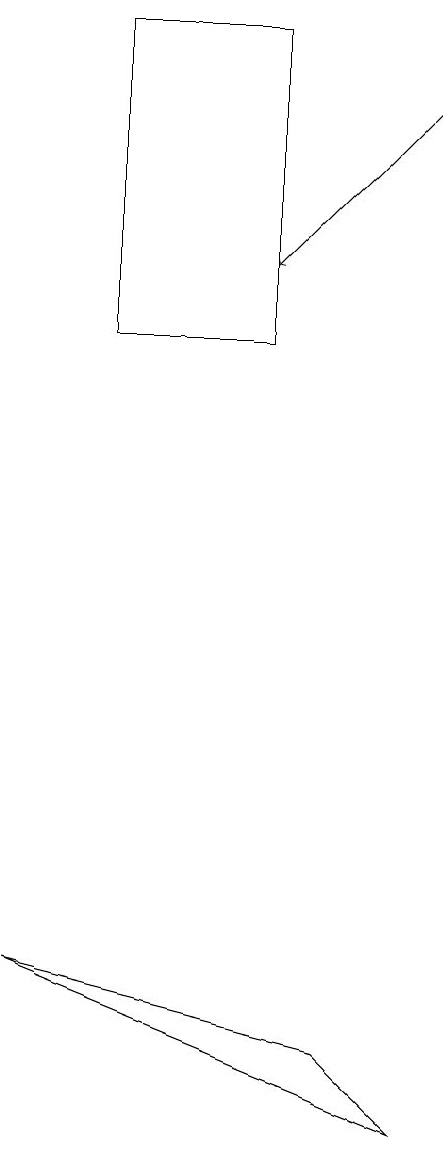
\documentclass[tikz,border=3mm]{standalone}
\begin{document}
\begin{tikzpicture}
\draw (1,4) -- (5,3) -- (6,2) -- cycle;
\draw[->] (6,15) -- (4,13);
\draw (4,12) rectangle (2,16);
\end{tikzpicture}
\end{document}